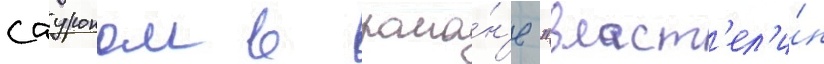
сауроном в рома́н'е "власт'ел'и́н